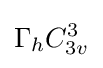
\Gamma _{h}C_{3v}^{3}